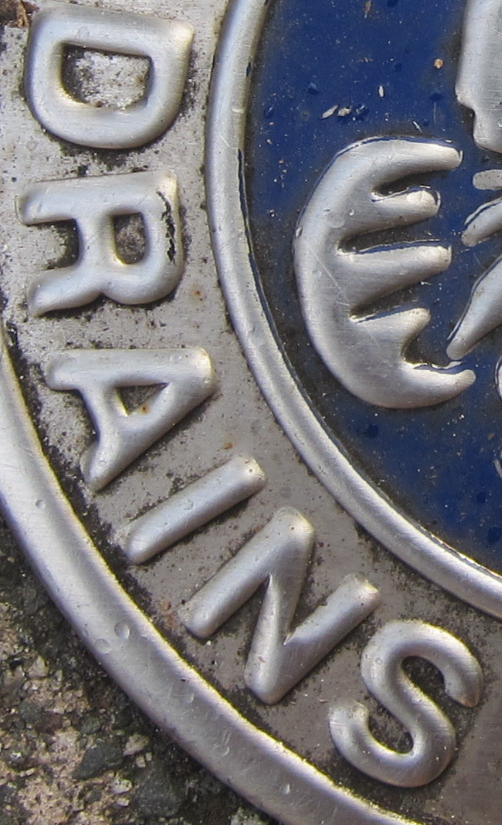
DRAINS